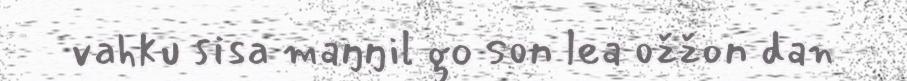
vahku sisa maŋŋil go son lea ožžon dan